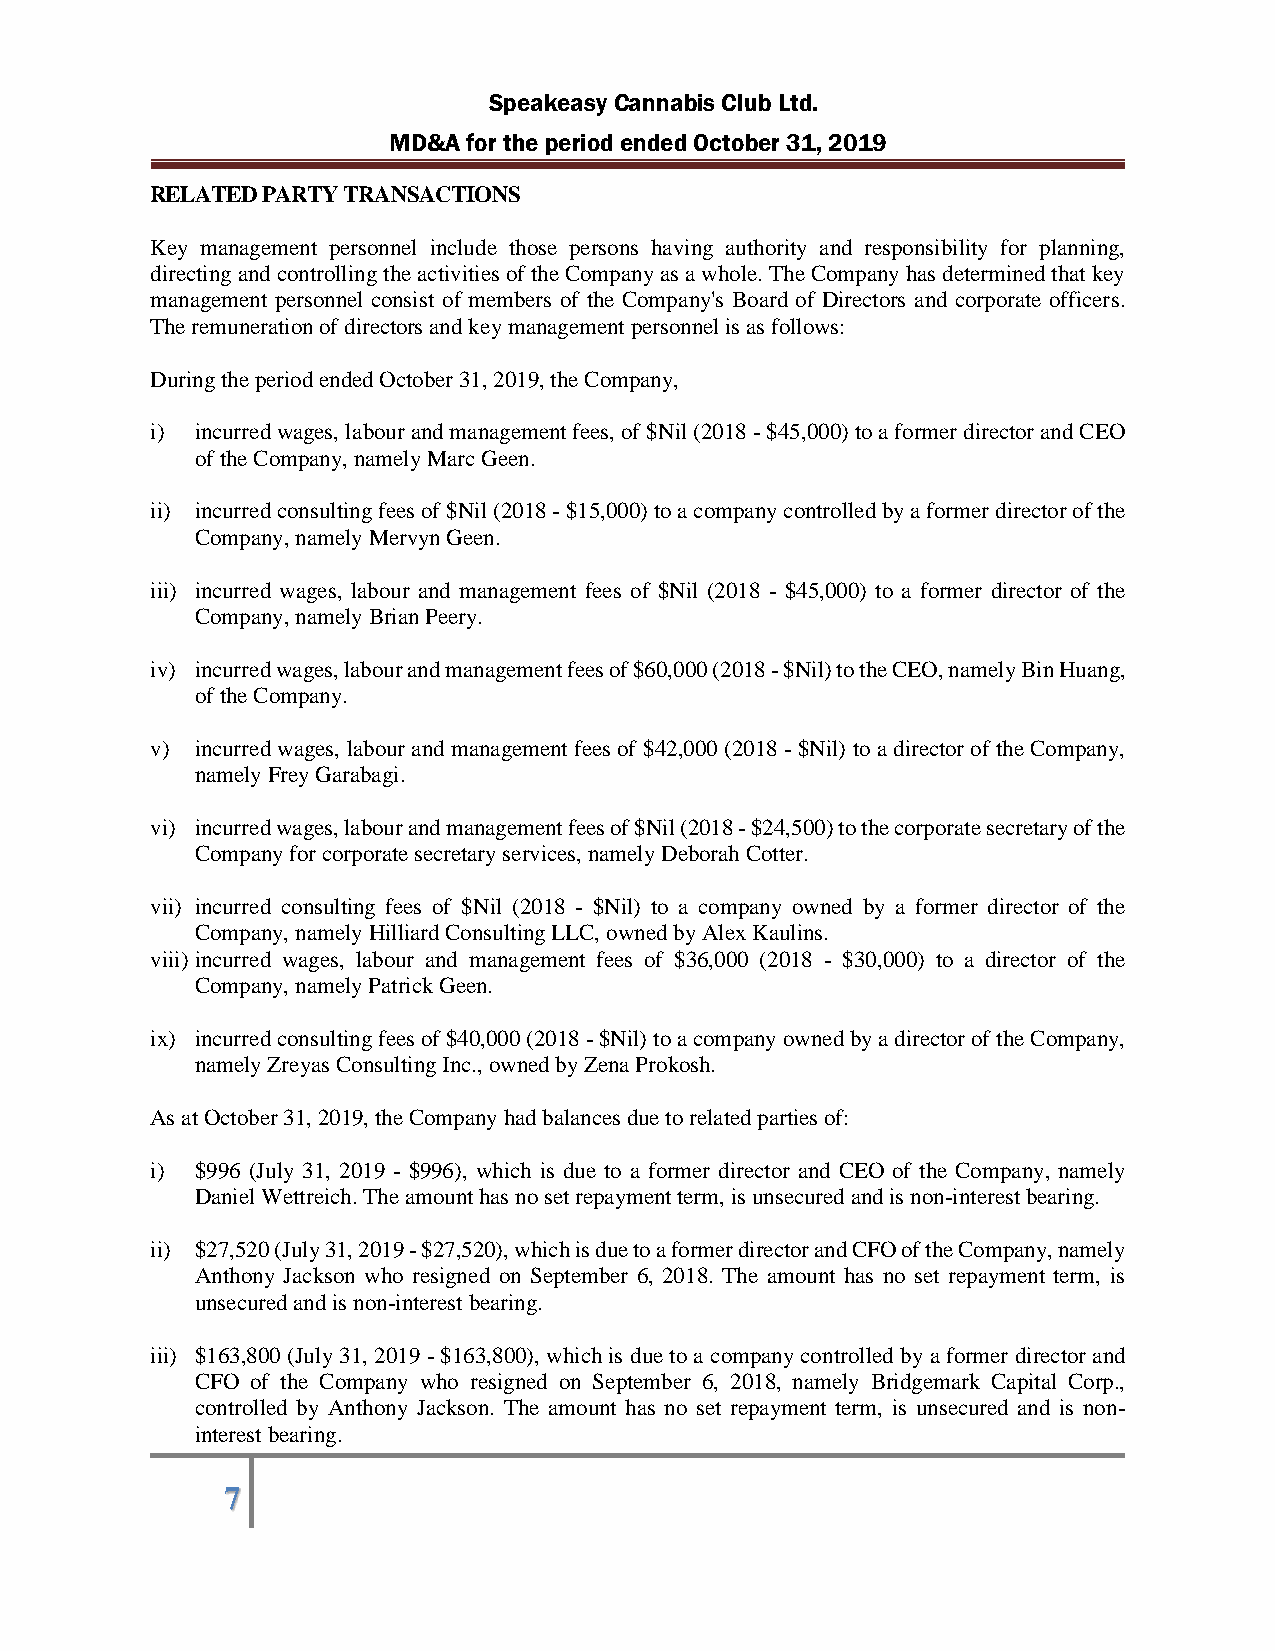
Speakeasy Cannabis Club Ltd.
 MD&A for the period ended October 31, 2019
 RELATED PARTY TRANSACTIONS
 Key management personnel include those persons having authority and responsibility for planning,
 directing and controlling the activities of the Company as a whole. The Company has determined that key
 management personnel consist of members of the Company's Board of Directors and corporate officers.
 The remuneration of directors and key management personnel is as follows:
 During the period ended October 31, 2019, the Company,
 i) incurred wages, labour and management fees, of $Nil (2018 - $45,000) to a former director and CEO
 of the Company, namely Marc Geen.
 ii) incurred consulting fees of $Nil (2018 - $15,000) to a company controlled by a former director of the
 Company, namely Mervyn Geen.
 iii) incurred wages, labour and management fees of $Nil (2018 - $45,000) to a former director of the
 Company, namely Brian Peery.
 iv) incurred wages, labour and management fees of $60,000 (2018 - $Nil) to the CEO, namely Bin Huang,
 of the Company.
 v) incurred wages, labour and management fees of $42,000 (2018 - $Nil) to a director of the Company,
 namely Frey Garabagi.
 vi) incurred wages, labour and management fees of $Nil (2018 - $24,500) to the corporate secretary of the
 Company for corporate secretary services, namely Deborah Cotter.
 vii) incurred consulting fees of $Nil (2018 - $Nil) to a company owned by a former director of the
 Company, namely Hilliard Consulting LLC, owned by Alex Kaulins.
 viii) incurred wages, labour and management fees of $36,000 (2018 - $30,000) to a director of the
 Company, namely Patrick Geen.
 ix) incurred consulting fees of $40,000 (2018 - $Nil) to a company owned by a director of the Company,
 namely Zreyas Consulting Inc., owned by Zena Prokosh.
 As at October 31, 2019, the Company had balances due to related parties of:
 i) $996 (July 31, 2019 - $996), which is due to a former director and CEO of the Company, namely
 Daniel Wettreich. The amount has no set repayment term, is unsecured and is non-interest bearing.
 ii) $27,520 (July 31, 2019 - $27,520), which is due to a former director and CFO of the Company, namely
 Anthony Jackson who resigned on September 6, 2018. The amount has no set repayment term, is
 unsecured and is non-interest bearing.
 iii) $163,800 (July 31, 2019 - $163,800), which is due to a company controlled by a former director and
 CFO of the Company who resigned on September 6, 2018, namely Bridgemark Capital Corp.,
 controlled by Anthony Jackson. The amount has no set repayment term, is unsecured and is non-
 interest bearing.
 7